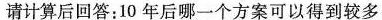
请计算后回答：10 年后哪一个方案可以得到较多